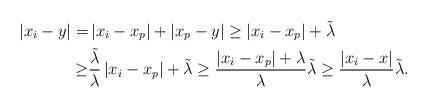
LaTeX: \begin{align*}\left|x_i-y\right|=&\left|x_i-x_p\right|+\left|x_p-y\right| \ge\left|x_i-x_p\right|+\tilde{\lambda}\\ \ge&\frac{\tilde{\lambda}}{\lambda}\left|x_i-x_p\right|+\tilde{\lambda} \ge \frac{\left|x_i-x_p\right|+\lambda}{\lambda}\tilde{\lambda} \ge \frac{\left|x_i-x\right|}{\lambda}\tilde{\lambda}.\end{align*}